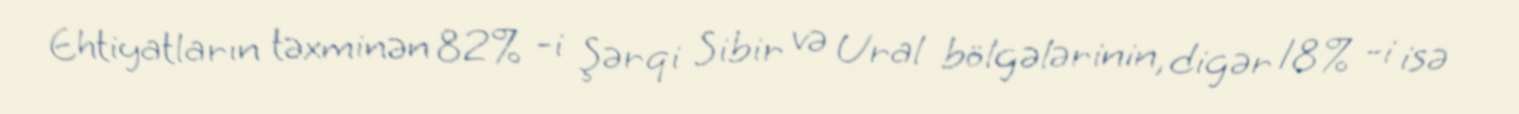
Ehtiyatların təxminən 82% -i Şərqi Sibir və Ural bölgələrinin, digər 18% -i isə